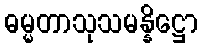
ဓမ္မတာသုသမန္နိဋ္ဌော